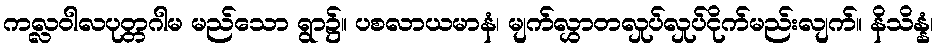
ကလ္လဝါလပုတ္တဂါမ မည်သော ရွာ၌။ ပစလာယမာနံ၊ မျက်လွှာတလှုပ်လှုပ်ငိုက်မည်းလျက်။ နိသိန္နံ၊